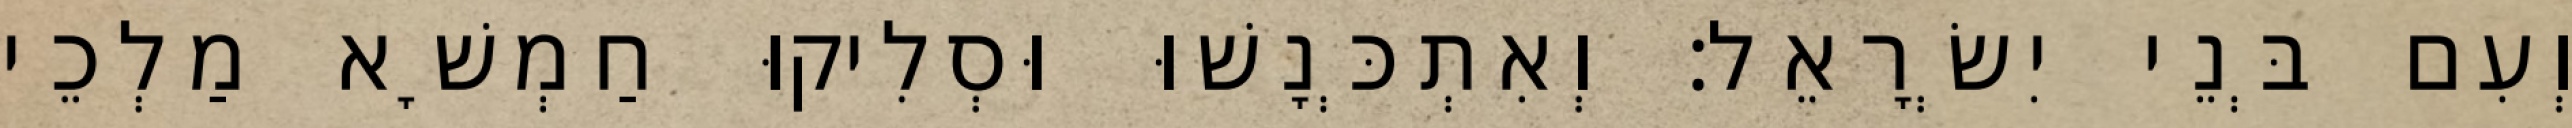
וְעִם בְּנֵי יִשְׂרָאֵל׃ וְאִתְכְּנָשׁוּ וּסְלִיקוּ חַמְשָׁא מַלְכֵי